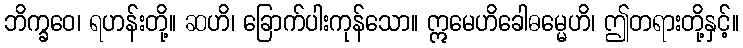
ဘိက္ခဝေ၊ ရဟန်းတို့။ ဆဟိ၊ ခြောက်ပါးကုန်သော။ ဣမေဟိခေါဓမ္မေဟိ၊ ဤတရားတို့နှင့်။